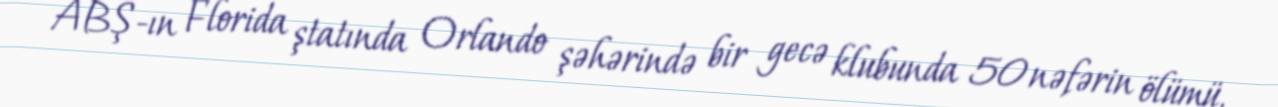
ABŞ-ın Florida ştatında Orlando şəhərində bir gecə klubunda 50 nəfərin ölümü,